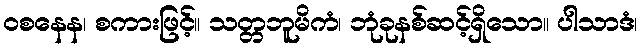
ဝစနေန၊ စကားဖြင့်။ သတ္တဘူမိကံ၊ ဘုံခုနစ်ဆင့်ရှိသော။ ပါသာဒံ၊